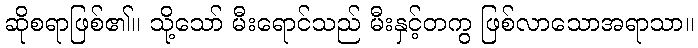
ဆိုစရာဖြစ်၏။ သို့သော် မီးရောင်သည် မီးနှင့်တကွ ဖြစ်လာသောအရာသာ။